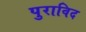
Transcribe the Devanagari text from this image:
पुराविद